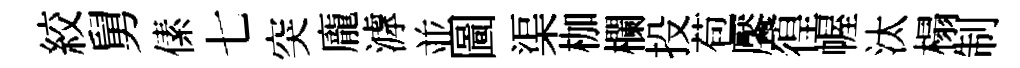
絞舅傃七突龐滹並圖渠枷欄投苞饜徨幄汰榻制